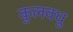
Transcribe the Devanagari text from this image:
कुलवधु